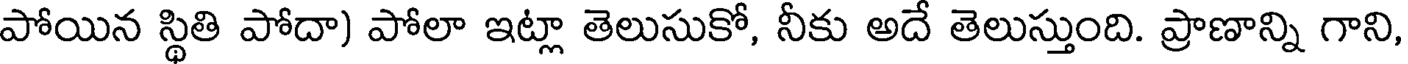
పోయిన స్థితి పోదా) పోలా ఇట్లా తెలుసుకో, నీకు అదే తెలుస్తుంది. ప్రాణాన్ని గాని